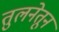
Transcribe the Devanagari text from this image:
तुलनेतून